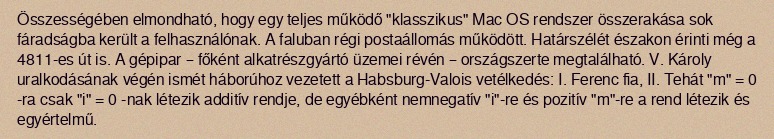
Összességében elmondható, hogy egy teljes működő "klasszikus" Mac OS rendszer összerakása sok fáradságba került a felhasználónak. A faluban régi postaállomás működött. Határszélét északon érinti még a 4811-es út is. A gépipar – főként alkatrészgyártó üzemei révén – országszerte megtalálható. V. Károly uralkodásának végén ismét háborúhoz vezetett a Habsburg-Valois vetélkedés: I. Ferenc fia, II. Tehát "m" = 0 -ra csak "i" = 0 -nak létezik additív rendje, de egyébként nemnegatív "i"-re és pozitív "m"-re a rend létezik és egyértelmű.